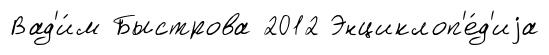
Вад'и́м Быстрова 2012 Энциклоп'е́д'иjа